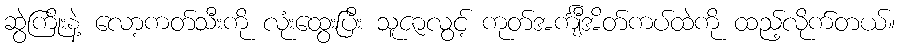
ဆွဲကြိုးနဲ့ လော့ကတ်သီးကို လုံးထွေးပြီး သူဇာလွင့် ကုတ်အင်္ကျီအိတ်ကပ်ထဲကို ထည့်လိုက်တယ်။